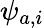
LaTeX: \psi_{a,i}